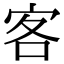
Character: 客